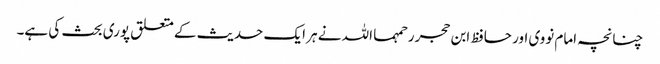
چنانچہ امام نووی اور حافظ ابن حجر رحمہما اللہ نے ہر ایک حدیث کے متعلق پوری بحث کی ہے۔